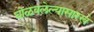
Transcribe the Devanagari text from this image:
घोळवलेल्यासारखे